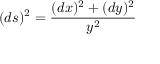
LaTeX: ( d s ) ^ { 2 } = { \frac { ( d x ) ^ { 2 } + ( d y ) ^ { 2 } } { y ^ { 2 } } }